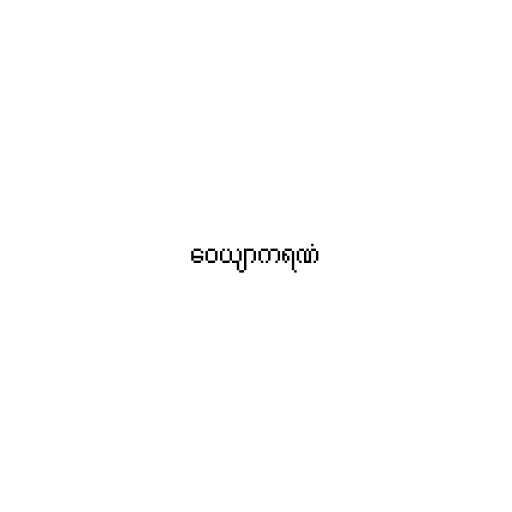
ဝေယျာကရဏံ